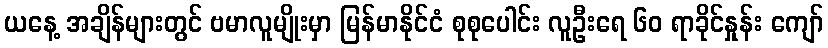
ယနေ့ အချိန်များတွင် ဗမာလူမျိုးမှာ မြန်မာနိုင်ငံ စုစုပေါင်း လူဦးရေ ၆၀ ရာခိုင်နှုန်း ကျော်